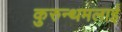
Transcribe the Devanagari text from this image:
कुरुन्थमलाई